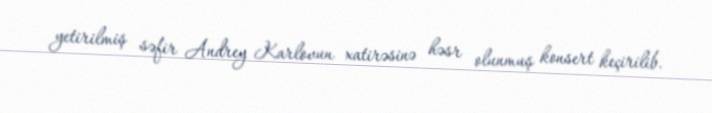
yetirilmiş səfir Andrey Karlovun xatirəsinə həsr olunmuş konsert keçirilib.